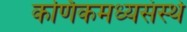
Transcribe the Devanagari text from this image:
कर्णिकमध्यसंस्थे